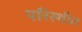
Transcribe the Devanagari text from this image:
परिस्थीत